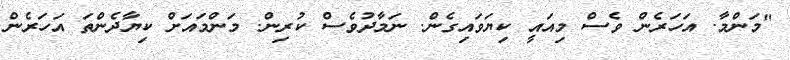
"މަންމާ. އަހަރެން ވެސް މިއައީ ކިޔަވައިގެން. ނަމާދުވެސް ކުރިން. މަންމައަށް ކިޔާދެންތަ އަހަރެން